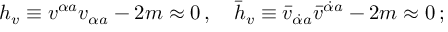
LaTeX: h _ { v } \equiv v ^ { \alpha a } v _ { \alpha a } - 2 m \approx 0 \, , \quad \bar { h } _ { v } \equiv \bar { v } _ { \dot { \alpha } a } \bar { v } ^ { \dot { \alpha } a } - 2 m \approx 0 \, ;